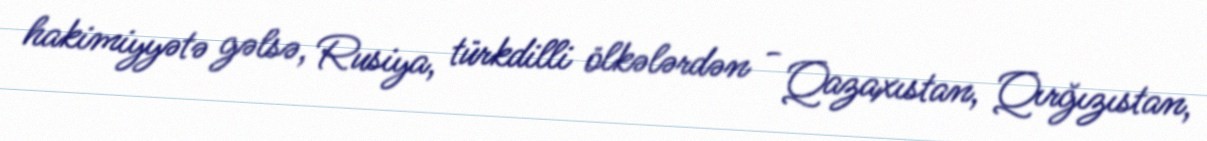
hakimiyyətə gəlsə, Rusiya, türkdilli ölkələrdən - Qazaxıstan, Qırğızıstan,